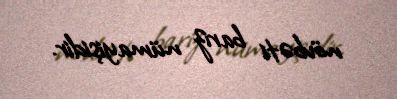
növbəti bariz nümayişidir.